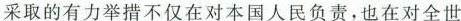
采取的有力举措不仅在对本国人民负责，也在对全世